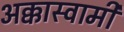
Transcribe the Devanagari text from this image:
अक्कास्वामी